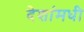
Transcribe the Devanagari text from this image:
देशांमधी